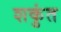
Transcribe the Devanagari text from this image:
शकुंत